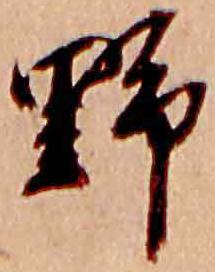
野